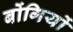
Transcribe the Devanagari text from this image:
बोंगियों